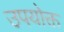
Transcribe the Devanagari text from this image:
उपयोक्त